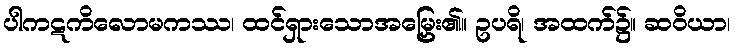
ပါကဋကိလောမကဿ၊ ထင်ရှားသောအမြှေး၏။ ဥပရိ၊ အထက်၌။ ဆဝိယာ၊